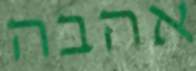
אהבה